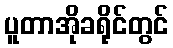
ပူတာအိုခရိုင်တွင်